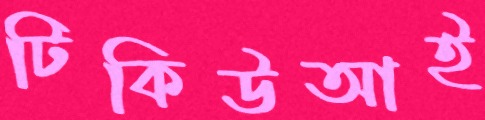
টিকিউআই